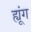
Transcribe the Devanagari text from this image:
ह्यूंग